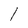
Character: l